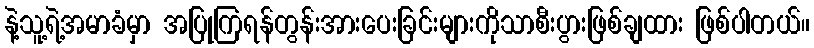
နဲ့သူ့ရဲ့အမာခံမှာ အပြုကြရန်တွန်းအားပေးခြင်းများကိုသာစီးပွားဖြစ်ချထား ဖြစ်ပါတယ်။